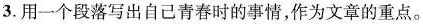
3.用一个段落写出自己青春时的事情，作为文章的重点。